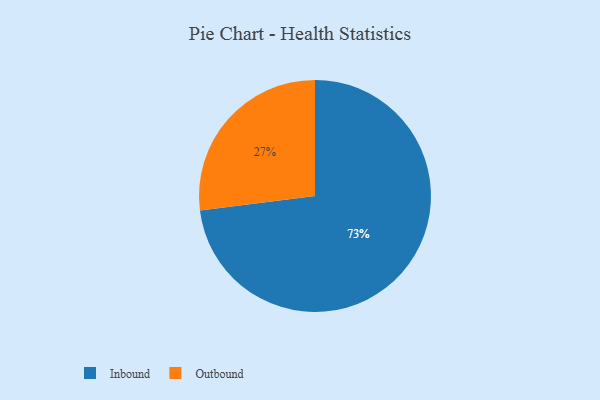
{"axis": {"x": "Category", "y": "Percentage"}, "legend": ["Inbound", "Outbound"], "data": [{"x": "Outbound", "y": 27, "type": "Outbound"}, {"x": "Inbound", "y": 73, "type": "Inbound"}]}